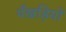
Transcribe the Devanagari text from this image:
पँखड़ियों